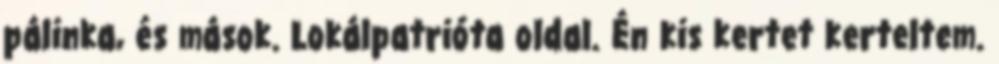
pálinka, és mások. Lokálpatrióta oldal. Én kis kertet kerteltem.